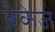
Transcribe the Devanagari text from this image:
ब्रेकेज